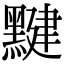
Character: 𪑼